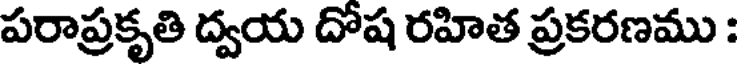
పరాప్రకృతి ద్వయ దోష రహిత ప్రకరణము :